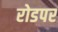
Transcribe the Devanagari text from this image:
रोडपर